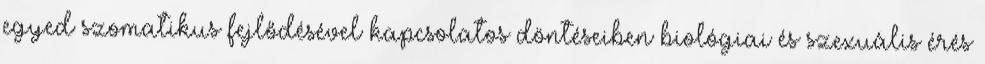
egyed szomatikus fejlődésével kapcsolatos döntéseiben biológiai és szexuális érés